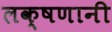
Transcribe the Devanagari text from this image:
लक्षणानी